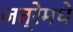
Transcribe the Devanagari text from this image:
जत्रेमधे